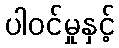
ပါဝင်မှုနှင့်